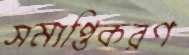
সমাপ্তিকরণ